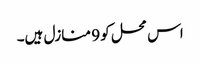
اس محل کو 9 منازل ہیں۔